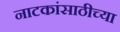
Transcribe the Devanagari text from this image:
नाटकांसाठीच्या